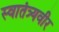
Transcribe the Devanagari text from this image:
स्‍वातंत्र्यवीर